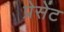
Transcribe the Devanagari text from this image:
प्रेसेंट